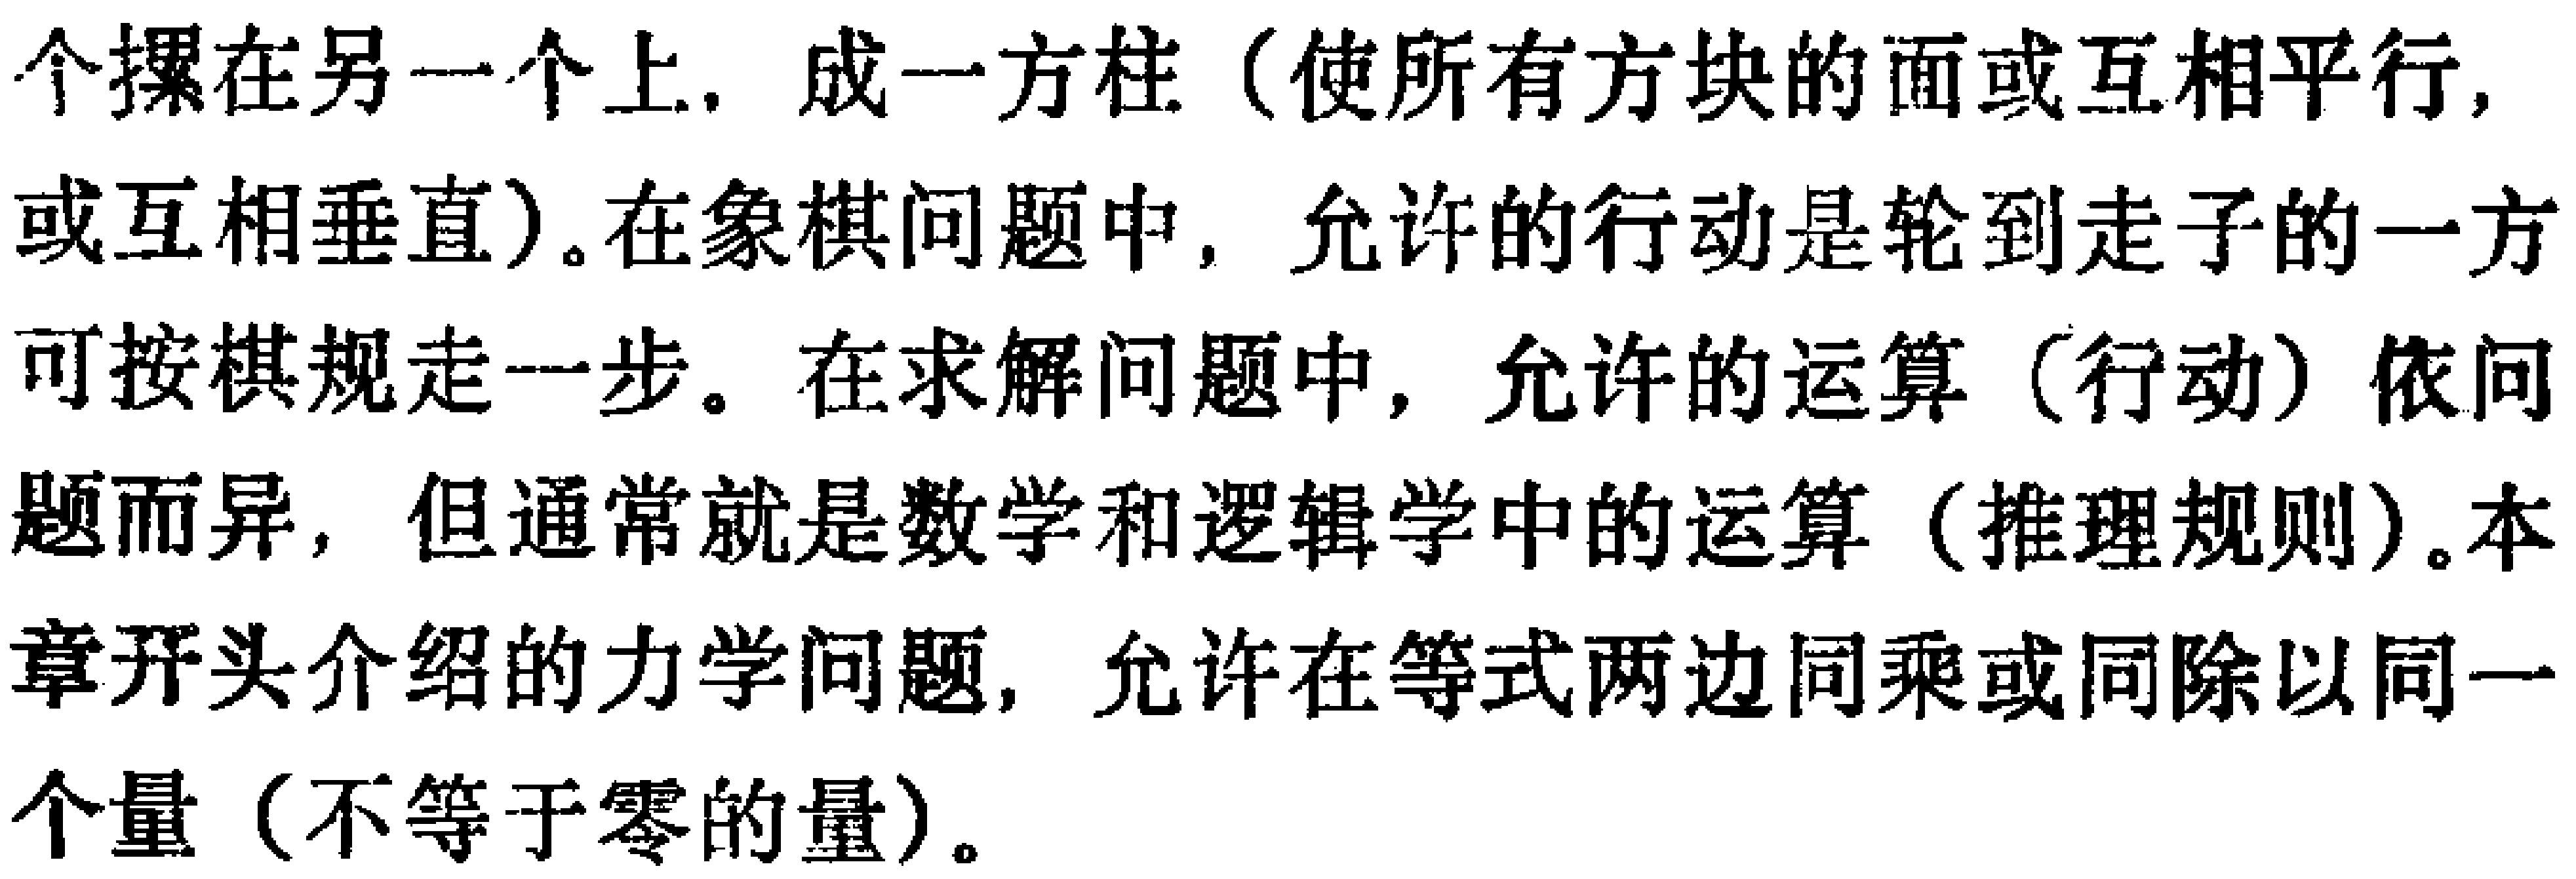
个摞在另一个上，成一方柱（使所有方块的面或互相平行，或互相垂直）。在象棋问题中，允许的行动是轮到走子的一方可按棋规走一步。在求解问题中，允许的运算（行动）依问题而异，但通常就是数学和逻辑学中的运算（推理规则）。本章开头介绍的力学问题，允许在等式两边同乘或同除以同一个量（不等于零的量）。